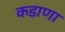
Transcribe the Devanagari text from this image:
कडाणा